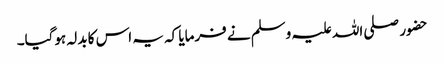
حضور صلی اللہ علیہ وسلم نے فرمایا کہ یہ اس کا بدلہ ہوگیا۔